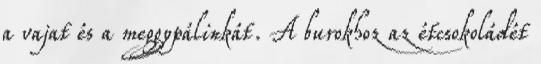
a vajat és a meggypálinkát. A burokhoz az étcsokoládét